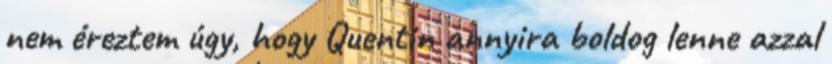
nem éreztem úgy, hogy Quentin annyira boldog lenne azzal